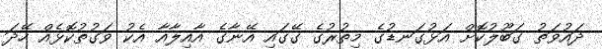
ދައުވަތު ގަބޫލުކޮށް އަޅުގަނޑުގެ މިތުރުގެ ގޭގައި އޭނާގެ އާއިލާއާ އެކު ވަގުތުކޮޅެއް ހޭދަ